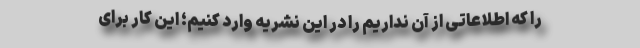
را که اطلاعاتی از آن نداریم را در این نشریه وارد کنیم؛ این کار برای